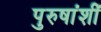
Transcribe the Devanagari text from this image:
पुरुषांशीं